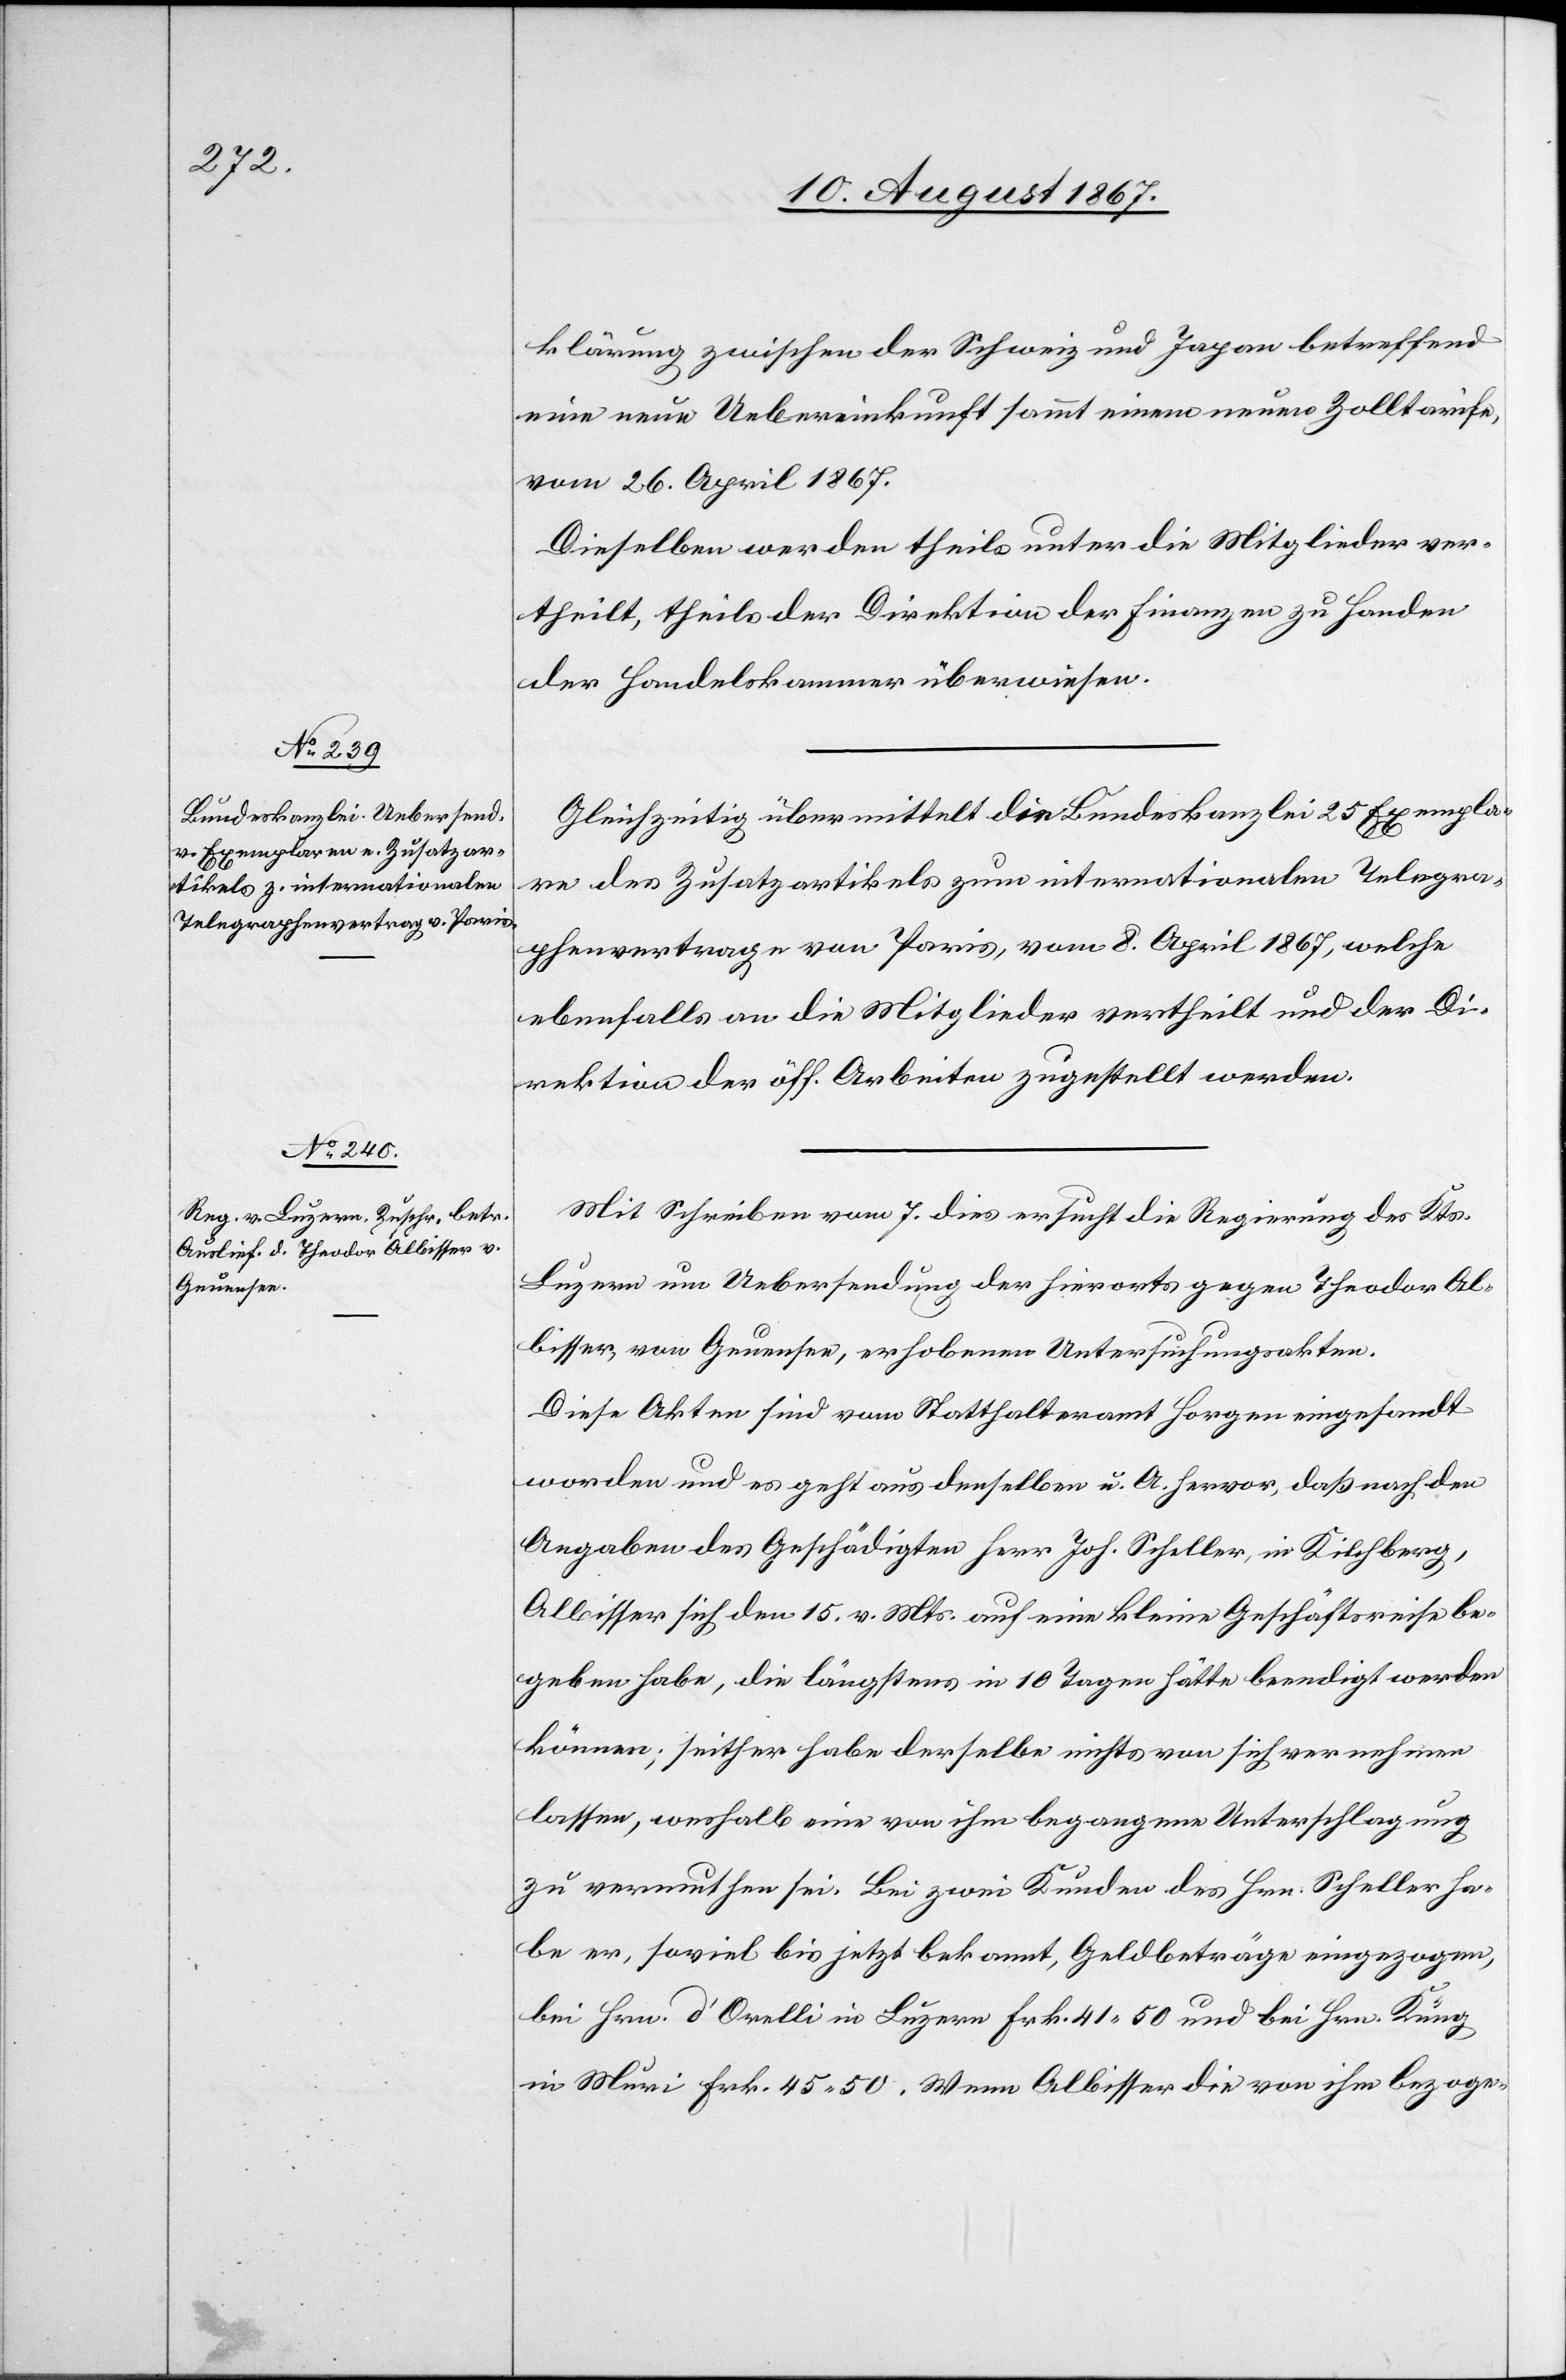
klärung zwischen der Schweiz und Japan betreffend
eine neue Uebereinkunft sammt einem neuen Zolltarife,
vom 26. April 1867.
Dieselben werden theils unter die Mitglieder ver¬
theilt, theils der Direktion der Finanzen zu Handen
der Handelskammer überwiesen.
Gleichzeitig übermittelt die Bundeskanzlei 25 Exempla¬
re des Zusatzartikels zum internationalen Telegra¬
phenvertrage von Paris, vom 8. April 1867, welche
ebenfalls an die Mitglieder vertheilt und der Di¬
rektion der öff. Arbeiten zugestellt werden.
Mit Schreiben vom 7. dies ersucht die Regierung des Kts.
Luzern um Uebersendung der hierorts gegen Theodor Al¬
bisser, von Geuensee, erhobenen Untersuchungsakten.
Diese Akten sind vom Statthalteramt Horgen eingesandt
worden und es geht aus denselben u. A. hervor, daß nach den
Angaben des Geschädigten Herr Joh. Scheller, in Kilchberg,
Albisser sich den 15. v. Mts. auf eine kleine Geschäftsreise be¬
geben habe, die längstens in 10 Tagen hätte beendigt werden
können; seither habe derselbe nichts von sich vernehmen
lassen, weshalb eine von ihm begangene Unterschlagung
zu vermuthen sei. Bei zwei Kunden des Hrn. Scheller ha¬
be er, soviel bis jetzt bekannt, Geldbeträge eingezogen,
bei Hrn. d’Orelli in Luzern Frk. 41.50 und bei Hrn. Küng
in Muri Frk. 45.50. Wenn Albisser die von ihm bezoge-